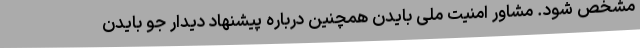
مشخص شود. مشاور امنیت ملی بایدن همچنین درباره پیشنهاد دیدار جو بایدن